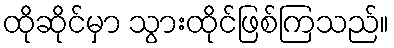
ထိုဆိုင်မှာ သွားထိုင်ဖြစ်ကြသည်။